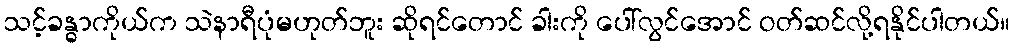
သင့်ခန္ဓာကိုယ်က သဲနာရီပုံမဟုတ်ဘူး ဆိုရင်တောင် ခါးကို ပေါ်လွင်အောင် ဝတ်ဆင်လို့ရနိုင်ပါတယ်။